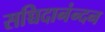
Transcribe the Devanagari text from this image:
सच्चिदानंन्दन